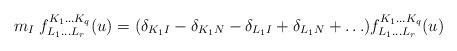
LaTeX: \begin{align*}m_I\; f^{K_1\ldots K_q}_{L_1\ldots L_r}(u) = (\delta_{K_1I} -\delta_{K_1N} - \delta_{L_1I} +\delta_{L_1N} +\ldots)f^{K_1\ldots K_q}_{L_1\ldots L_r}(u)\end{align*}